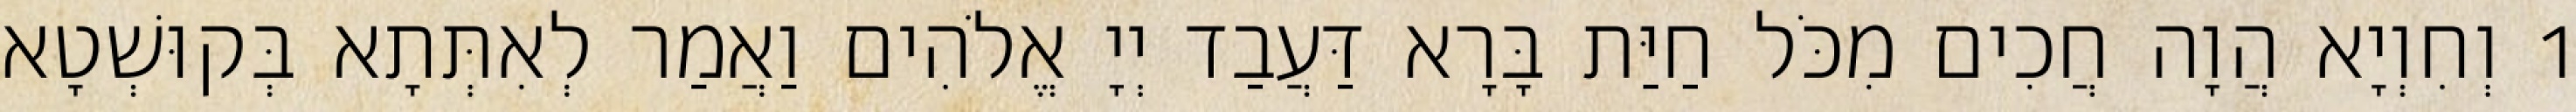
1 וְחִוְיָא הֲוָה חֲכִים מִכֹּל חַיַּת בָּרָא דַּעֲבַד יְיָ אֱלֹהִים וַאֲמַר לְאִתְּתָא בְּקוּשְׁטָא